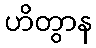
ဟိတွာန